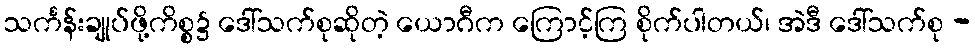
သင်္ကန်းချုပ်ဖို့ကိစ္စ၌ ဒေါ်သက်စုဆိုတဲ့ ယောဂီက ကြောင့်ကြ စိုက်ပါတယ်၊ အဲဒီ ဒေါ်သက်စု -